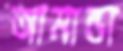
আমান্ডা